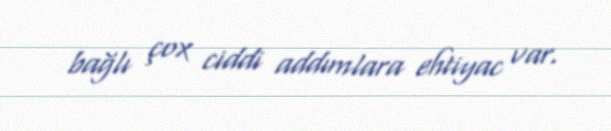
bağlı çox ciddi addımlara ehtiyac var.